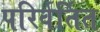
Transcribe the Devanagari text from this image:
परिर्वर्तित